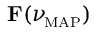
\mathbf F ( \ensuremath { \ensuremath { \boldsymbol \nu } _ { \! \mathrm { { \scriptscriptstyle M A P } } } } )